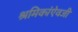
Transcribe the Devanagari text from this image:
श्रमिकांऐवजी